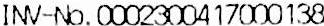
INV-NO.0002300417000138